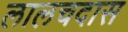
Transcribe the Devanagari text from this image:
लालचदास